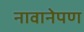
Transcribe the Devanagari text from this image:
नावानेपण